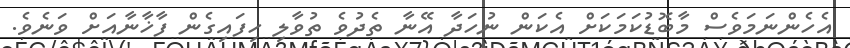
އެހެންނަމަވެސް މާބޮޑުކަމަކަށް އެކަން ނުހަދާ އޭނާ ތެދުވެ ތުވާލި ހިފައިގެން ފާޚާނާއަށް ވަނެވެ.